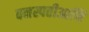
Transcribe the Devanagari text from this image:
वनस्पतीआणि